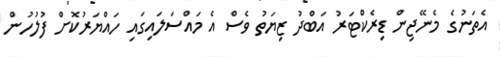
އެތަނުގެ މެނޭޖިން ޑިރެކްޓަރު އަބްދު ޒިޔަތު ވެސް އެ މައްސަލައިގައި ހައްޔަރުކޮށް ފުލުހުން